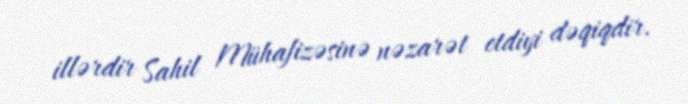
illərdir Sahil Mühafizəsinə nəzarət etdiyi dəqiqdir.